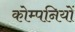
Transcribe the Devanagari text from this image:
कोम्पनियों